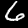
Label: 6